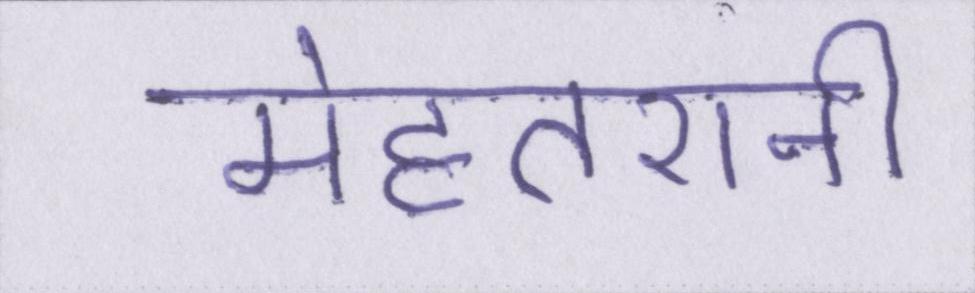
मेहतरानी